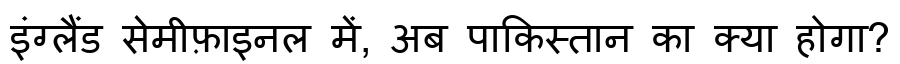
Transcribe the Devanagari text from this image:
इंग्लैंड सेमीफ़ाइनल में, अब पाकिस्तान का क्या होगा?